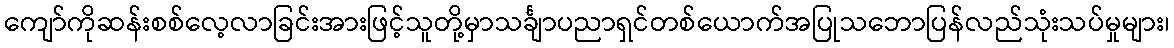
ကျော်ကိုဆန်းစစ်လေ့လာခြင်းအားဖြင့်သူတို့မှာသင်္ချာပညာရှင်တစ်ယောက်အပြုသဘောပြန်လည်သုံးသပ်မှုများ၊